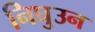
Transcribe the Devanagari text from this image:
निघुउन